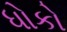
ધોકો